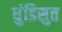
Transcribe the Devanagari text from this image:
धुंडिसुत